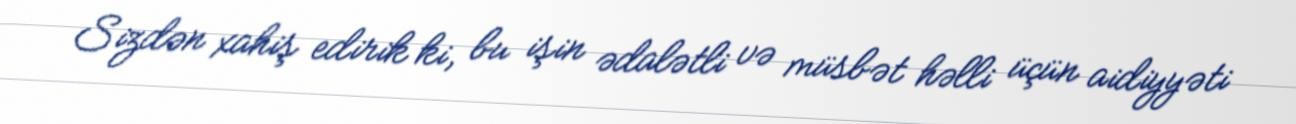
Sizdən xahiş edirik ki, bu işin ədalətli və müsbət həlli üçün aidiyyəti